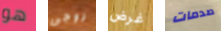
هو زوجى غرض صدمات